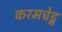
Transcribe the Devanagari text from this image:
करमचेडू